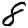
Digit: 8